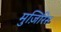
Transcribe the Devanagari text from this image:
मुज़िरिस